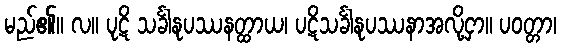
မည်၏။ လ။ ပုဋိ သင်္ခါနုပဿနတ္ထာယ၊ ပဋိသင်္ခါနုပဿနာအလို့ငှာ။ ပဝတ္တာ၊